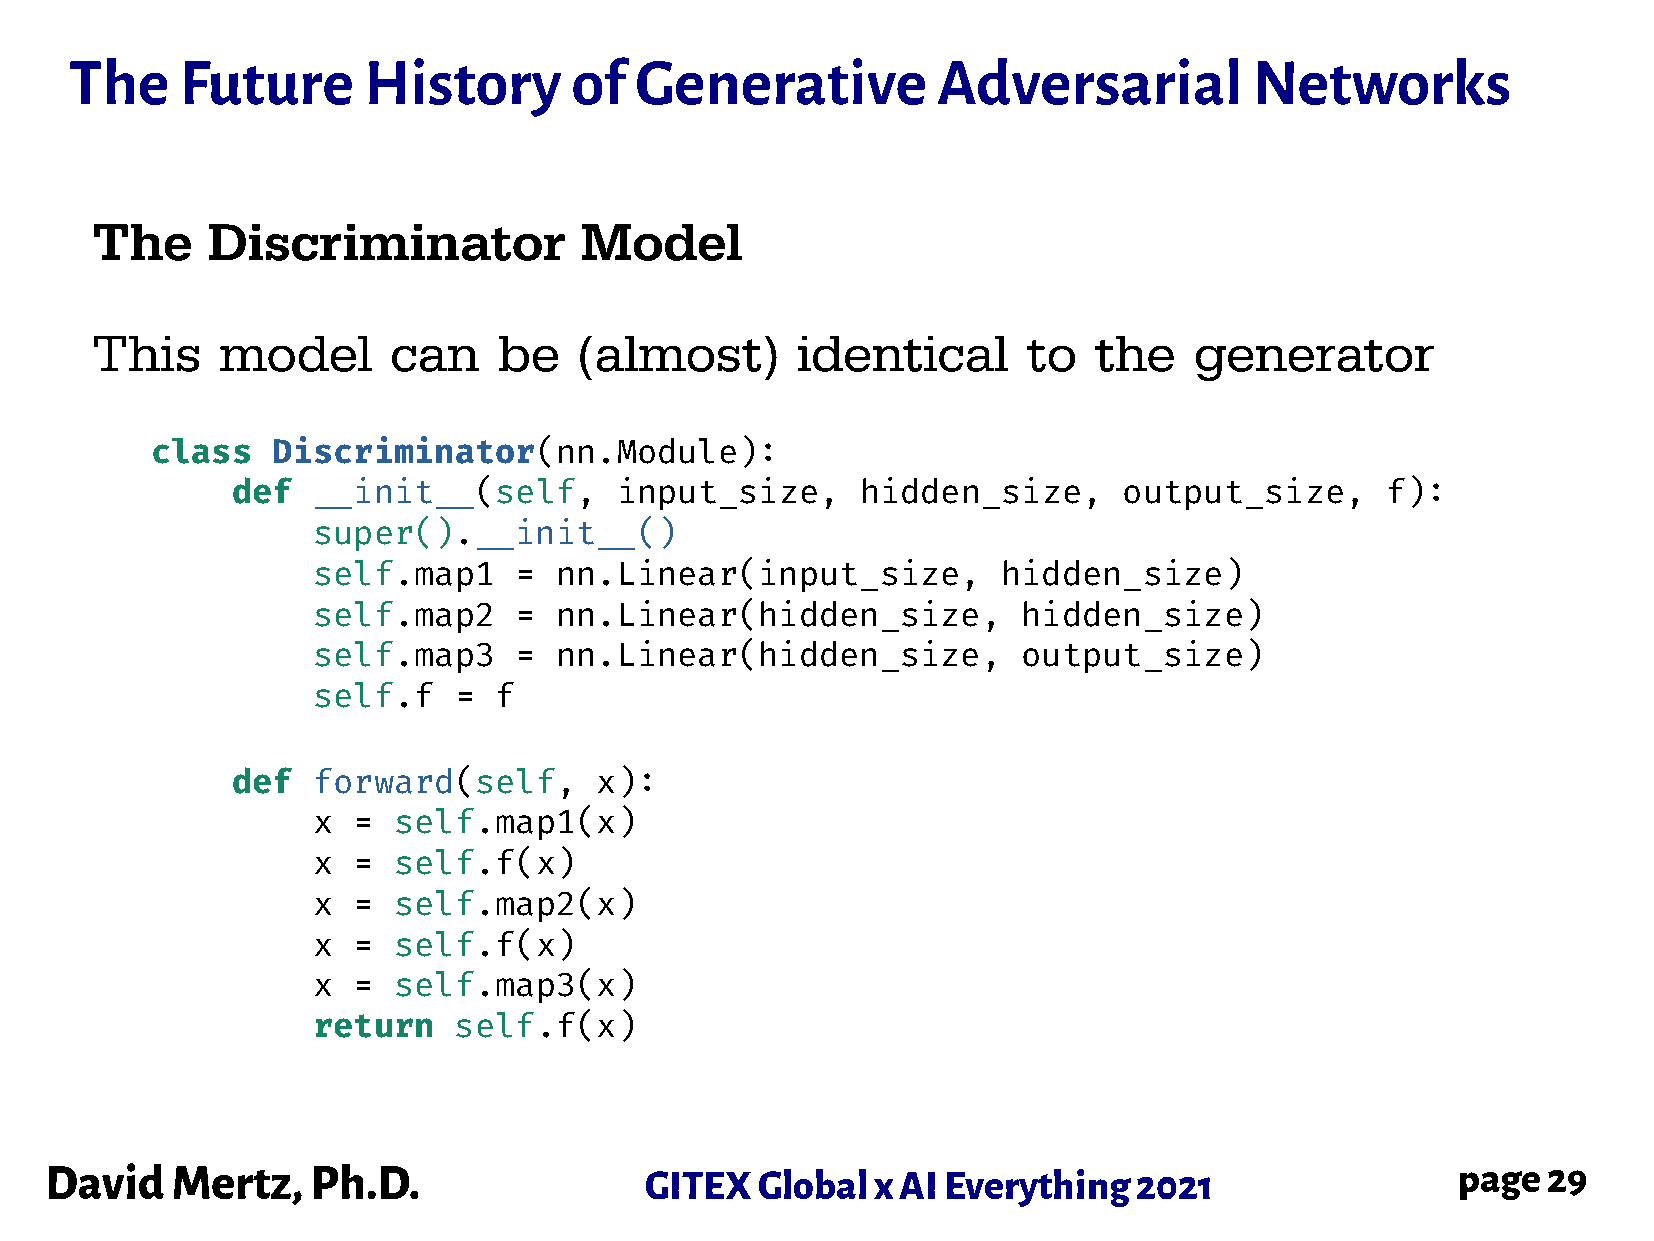
The    Future      History       of  Generative          Adversarial          Networks
 The     Discriminator           Model
 This     model      can    be   (almost)       identical      to  the    generator
 class   Discriminator(nn.Module):
 def   __init__(self,      input_size,     hidden_size,     output_size,      f):
 super().__init__()
 self.map1    =  nn.Linear(input_size,        hidden_size)
 self.map2    =  nn.Linear(hidden_size,         hidden_size)
 self.map3    =  nn.Linear(hidden_size,         output_size)
 self.f   =  f
 def   forward(self,     x):
 x =  self.map1(x)
 x =  self.f(x)
 x =  self.map2(x)
 x =  self.f(x)
 x =  self.map3(x)
 return   self.f(x)
 David   Mertz,    Ph.D.                 GITEX  Global  x AI Everything  2021                 page  29